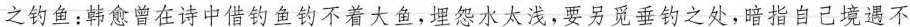
之钓鱼：韩愈曾在诗中借钓鱼钓不着大鱼，埋怨水太浅，要另觅垂钓之处，暗指自己境遇不